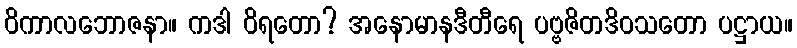
ဝိကာလဘောဇနာ။ ကဒါ ဝိရတော? အနောမာနဒီတီရေ ပဗ္ဗဇိတဒိဝသတော ပဋ္ဌာယ။